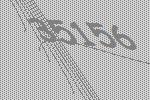
35156